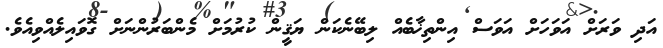
އަދި ވަރަށް އަވަހަށް އަވަސް އިންތިޚާބެއް ލިބޭނެކަން ޔަޤީން ކުރުމަށް މެންބަރުންނަށް ގޮވައިލެއްވިއެވެ.